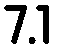
7.1